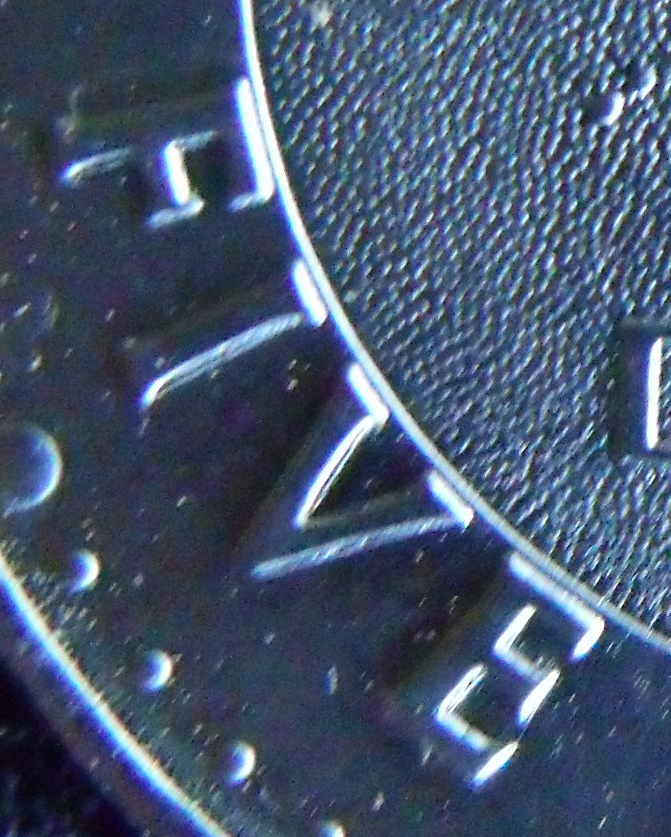
FIVE